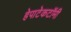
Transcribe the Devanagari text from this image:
हेपाटेकटॉमी